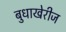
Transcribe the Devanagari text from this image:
बुधाखेरीज